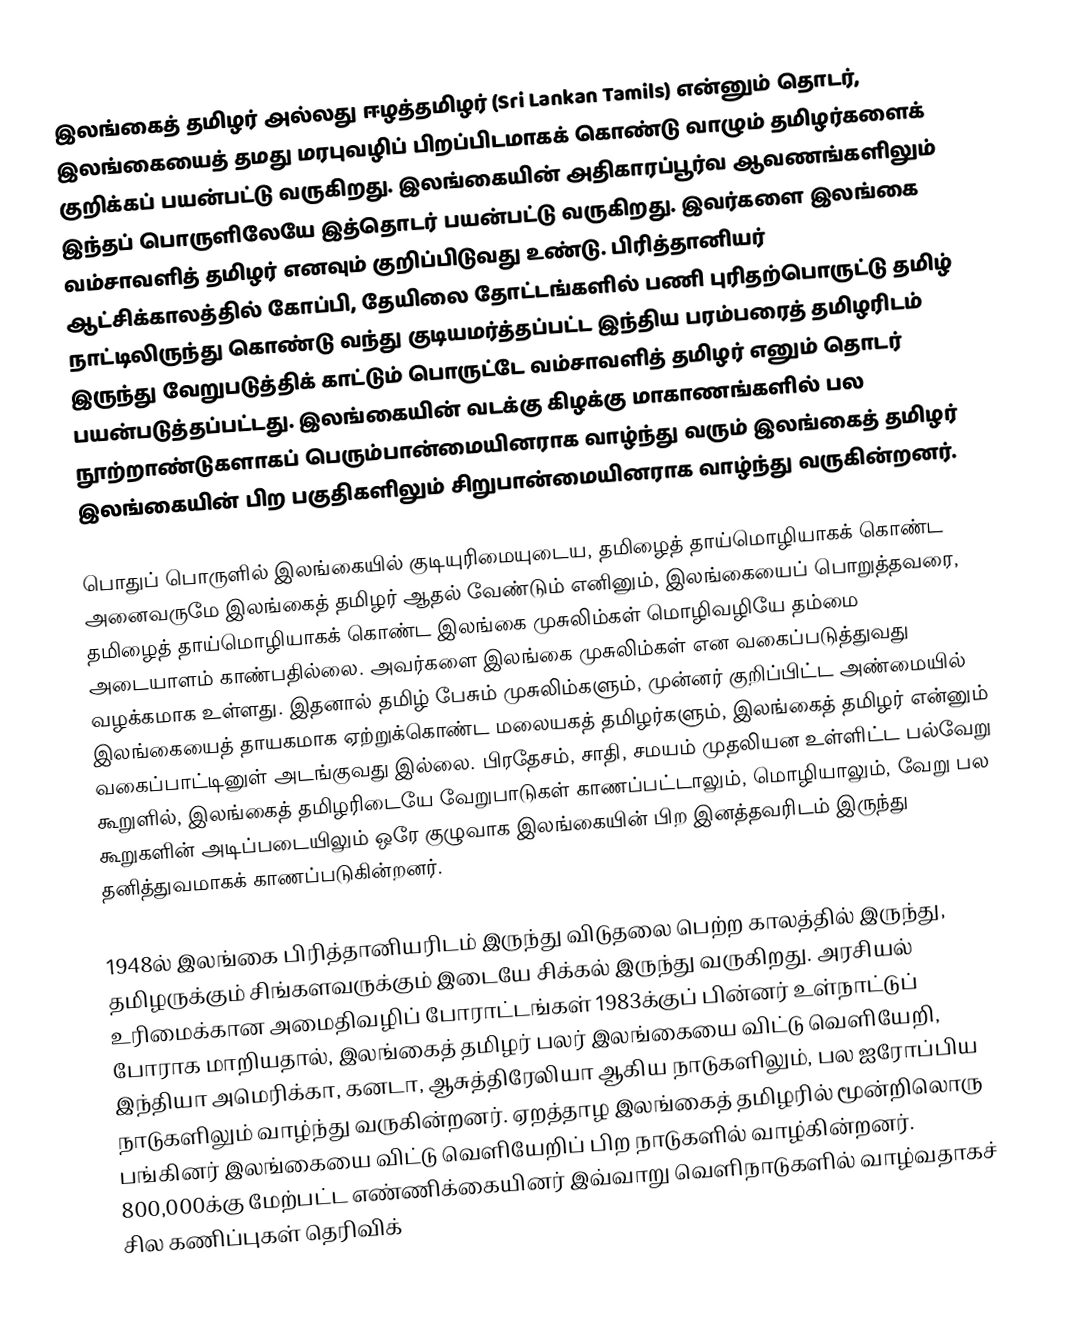
இலங்கைத் தமிழர் அல்லது ஈழத்தமிழர் (Sri Lankan Tamils) என்னும் தொடர், இலங்கையைத் தமது மரபுவழிப் பிறப்பிடமாகக் கொண்டு வாழும் தமிழர்களைக் குறிக்கப் பயன்பட்டு வருகிறது. இலங்கையின் அதிகாரப்பூர்வ ஆவணங்களிலும் இந்தப் பொருளிலேயே இத்தொடர் பயன்பட்டு வருகிறது. இவர்களை இலங்கை வம்சாவளித் தமிழர் எனவும் குறிப்பிடுவது உண்டு. பிரித்தானியர் ஆட்சிக்காலத்தில் கோப்பி, தேயிலை தோட்டங்களில் பணி புரிதற்பொருட்டு தமிழ் நாட்டிலிருந்து கொண்டு வந்து குடியமர்த்தப்பட்ட இந்திய பரம்பரைத் தமிழரிடம் இருந்து வேறுபடுத்திக் காட்டும் பொருட்டே வம்சாவளித் தமிழர் எனும் தொடர் பயன்படுத்தப்பட்டது.  இலங்கையின் வடக்கு கிழக்கு மாகாணங்களில் பல நூற்றாண்டுகளாகப் பெரும்பான்மையினராக வாழ்ந்து வரும் இலங்கைத் தமிழர் இலங்கையின் பிற பகுதிகளிலும் சிறுபான்மையினராக வாழ்ந்து வருகின்றனர்.

பொதுப் பொருளில் இலங்கையில் குடியுரிமையுடைய, தமிழைத் தாய்மொழியாகக் கொண்ட அனைவருமே இலங்கைத் தமிழர் ஆதல் வேண்டும் எனினும், இலங்கையைப் பொறுத்தவரை, தமிழைத் தாய்மொழியாகக் கொண்ட இலங்கை முசுலிம்கள் மொழிவழியே தம்மை அடையாளம் காண்பதில்லை. அவர்களை இலங்கை முசுலிம்கள் என வகைப்படுத்துவது வழக்கமாக உள்ளது. இதனால் தமிழ் பேசும் முசுலிம்களும், முன்னர் குறிப்பிட்ட அண்மையில் இலங்கையைத் தாயகமாக ஏற்றுக்கொண்ட மலையகத் தமிழர்களும், இலங்கைத் தமிழர் என்னும் வகைப்பாட்டினுள் அடங்குவது இல்லை. பிரதேசம், சாதி, சமயம் முதலியன உள்ளிட்ட பல்வேறு கூறுளில், இலங்கைத் தமிழரிடையே வேறுபாடுகள் காணப்பட்டாலும், மொழியாலும், வேறு பல கூறுகளின் அடிப்படையிலும் ஒரே குழுவாக இலங்கையின் பிற இனத்தவரிடம் இருந்து தனித்துவமாகக் காணப்படுகின்றனர்.

1948ல் இலங்கை பிரித்தானியரிடம் இருந்து விடுதலை பெற்ற காலத்தில் இருந்து, தமிழருக்கும் சிங்களவருக்கும் இடையே சிக்கல் இருந்து வருகிறது. அரசியல் உரிமைக்கான அமைதிவழிப் போராட்டங்கள் 1983க்குப் பின்னர் உள்நாட்டுப் போராக மாறியதால், இலங்கைத் தமிழர் பலர் இலங்கையை விட்டு வெளியேறி, இந்தியா அமெரிக்கா, கனடா, ஆசுத்திரேலியா ஆகிய நாடுகளிலும், பல ஐரோப்பிய நாடுகளிலும் வாழ்ந்து வருகின்றனர். ஏறத்தாழ இலங்கைத் தமிழரில் மூன்றிலொரு பங்கினர் இலங்கையை விட்டு வெளியேறிப் பிற நாடுகளில் வாழ்கின்றனர். 800,000க்கு மேற்பட்ட எண்ணிக்கையினர் இவ்வாறு வெளிநாடுகளில் வாழ்வதாகச் சில கணிப்புகள் தெரிவிக்